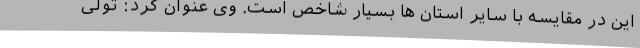
این در مقایسه با سایر استان ها بسیار شاخص است. وی عنوان کرد: تولی